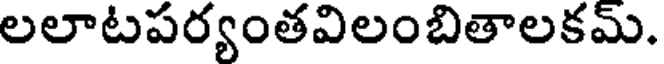
లలాటపర్యంతవిలంబితాలకమ్.